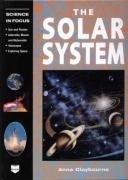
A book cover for The Solar System (Science in Focus); Anna Claybourne; Science & Math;